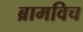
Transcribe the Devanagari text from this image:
ब्रामविच